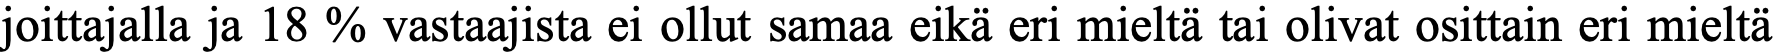
joittajalla ja 18 % vastaajista ei ollut samaa eikä eri mieltä tai olivat osittain eri mieltä